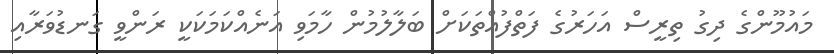
މައުމޫންގެ ދިގު ތިރީސް އަހަރުގެ ފަތްފުއްތަކަށް ބަލާލުމުން ހާމަވި އަނެއްކަމަކަކީ ރަންވީ ގަނޑުވަރާއި